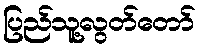
ပြည်သူ့လွတ်တော်